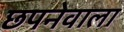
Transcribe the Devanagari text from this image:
छपनेवाला